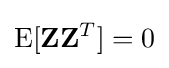
\operatorname {E} [\mathbf {Z} \mathbf {Z} ^{T}]=0